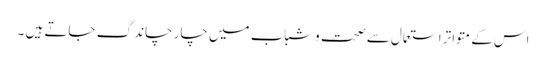
اس کے متواتر استعمال سے صحت وشباب میں چار چاند گ جاتے ہیں ۔